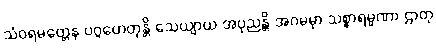
သံဝရမတ္တေန ပဂ္ဂဟေတုန္တိ သေယျာယ အပုညန္တိ အဂမမှာ သစ္စာရမ္မဏာ ဌာတု